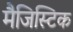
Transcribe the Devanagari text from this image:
मैजिस्टिक